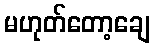
မဟုတ်တော့ချေ